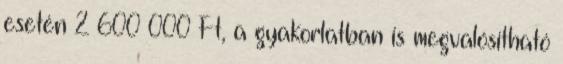
esetén 2 600 000 Ft, a gyakorlatban is megvalósítható